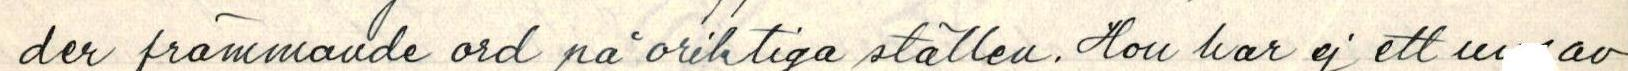
der främmande ord på oriktiga ställen. Hon har ej ett ur  av